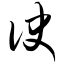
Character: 诀